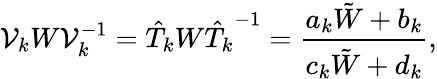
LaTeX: {\cal V}_{k}W{\cal V}_{k}^{-1}=\hat{T}_{k}W{\hat{T}_{k}}^{-1}={\frac{a_{k}\tilde{W}+b_{k}}{c_{k}\tilde{W}+d_{k}}},